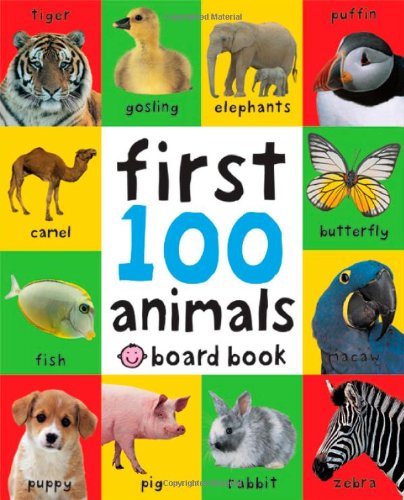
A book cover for First 100 Animals; Roger Priddy; Children's Books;